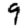
Digit: 9